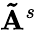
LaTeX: \mathbf{\tilde{A}}^{s}